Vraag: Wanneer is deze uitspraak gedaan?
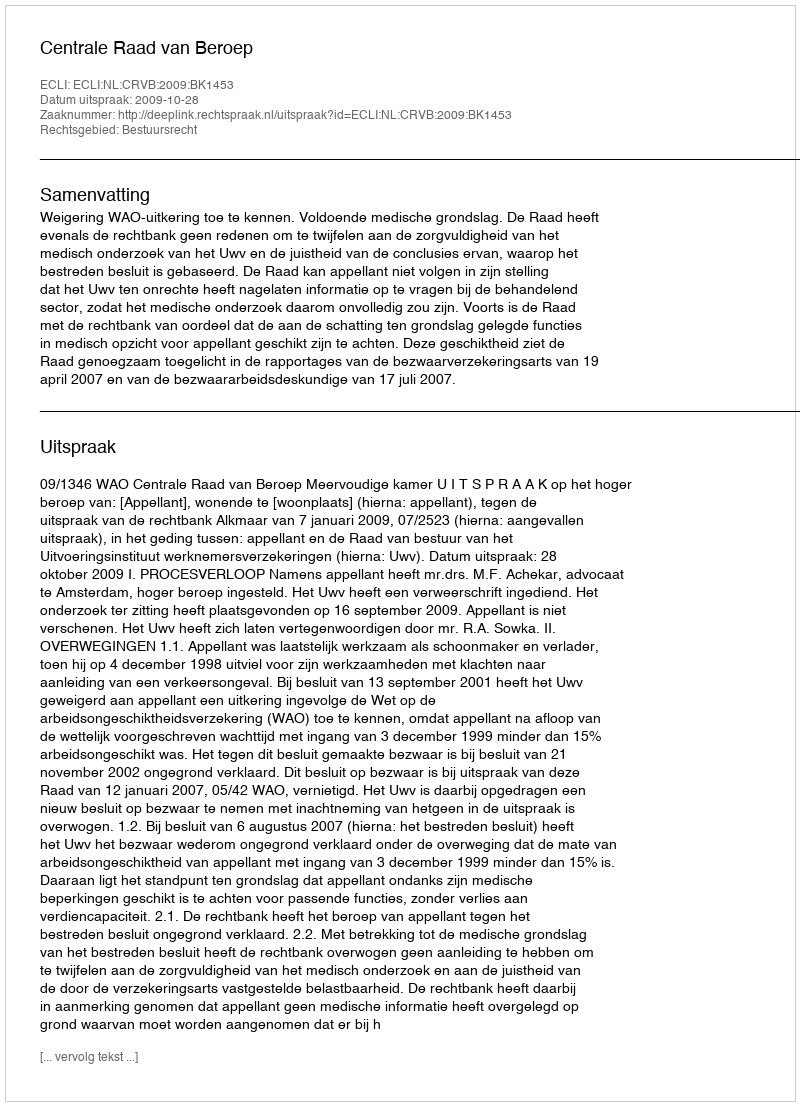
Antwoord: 2009-10-28